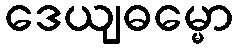
ဒေယျဓမ္မော